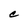
Character: C